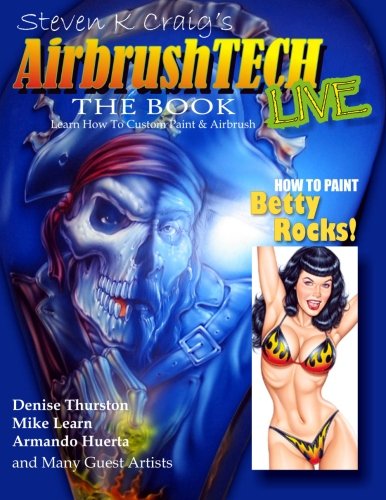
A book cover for AirbrushTech: Learn to Custom Paint and Airbrush; Steven k Craig; Arts & Photography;